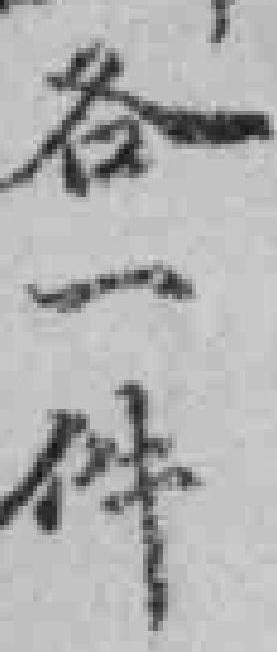
各一件